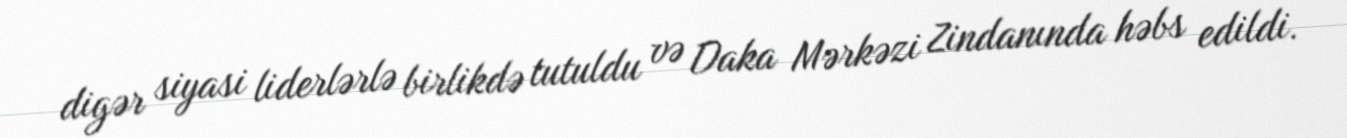
digər siyasi liderlərlə birlikdə tutuldu və Daka Mərkəzi Zindanında həbs edildi.